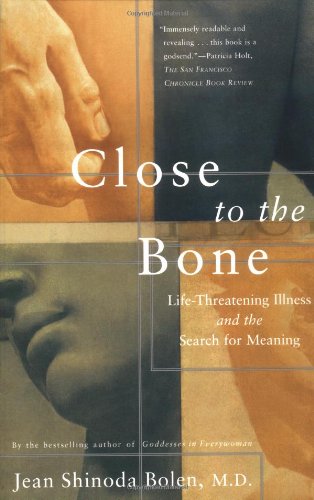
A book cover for Close to the Bone: Life Threatening Illness and the Search for Meaning; Jean Shinoda Bolen; Health, Fitness & Dieting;